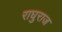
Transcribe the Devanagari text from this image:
राघुराज